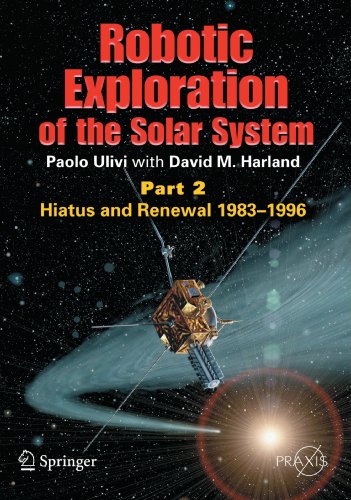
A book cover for Robotic Exploration of the Solar System: Part 2: Hiatus and Renewal, 1983-1996 (Springer Praxis Books); Paolo Ulivi; Science & Math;